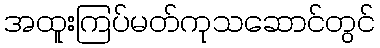
အထူးကြပ်မတ်ကုသဆောင်တွင်